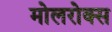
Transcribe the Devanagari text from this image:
मोलरोक्स